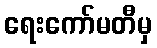
ရေးကော်မတီမှ